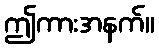
ဤကားအနက်။